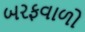
બરફવાળો